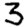
Digit: 3